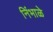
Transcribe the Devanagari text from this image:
निंभाळे